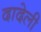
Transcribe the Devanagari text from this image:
दादेली